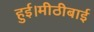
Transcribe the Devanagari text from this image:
हुई।मीठीबाई